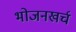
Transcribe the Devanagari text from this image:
भोजनखर्च